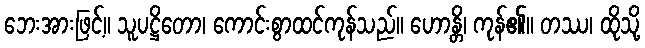
ဘေးအားဖြင့်။ သူပဋ္ဌိတော၊ ကောင်းစွာထင်ကုန်သည်။ ဟောန္တိ၊ ကုန်၏။ တဿ၊ ထိုသို့